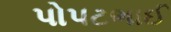
પોપટભાઈ